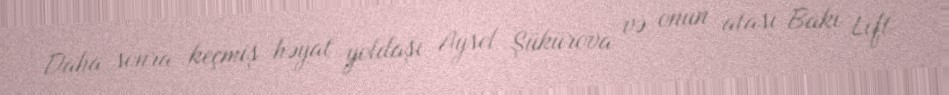
Daha sonra keçmiş həyat yoldaşı Aysel Şükürova və onun atası Bakı Lift